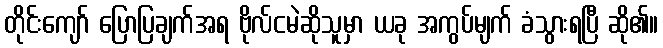
တိုင်းကျော် ပြောပြချက်အရ ဗိုလ်ငမဲဆိုသူမှာ ယခု အကွပ်မျက် ခံသွားရပြီ ဆို၏။